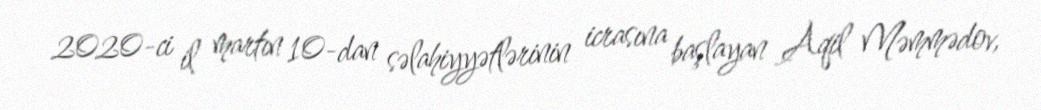
2020-ci il martın 10-dan səlahiyyətlərinin icrasına başlayan Aqil Məmmədov,